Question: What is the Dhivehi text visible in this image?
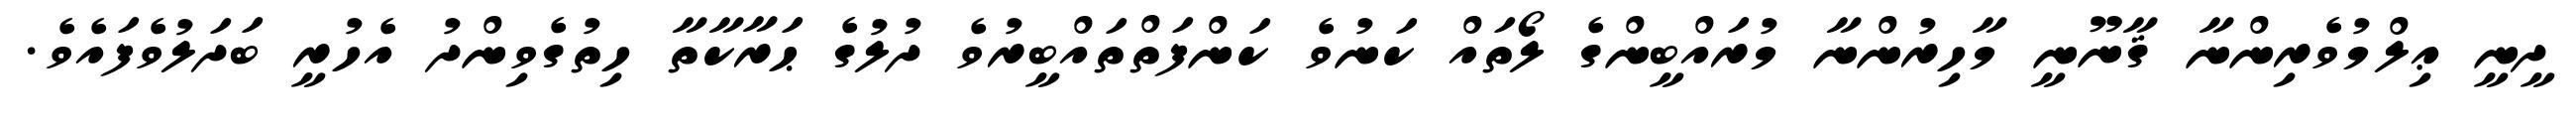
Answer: ދީނީ ޢިލްމުވެރިންނާ ޤާނޫނީ މާހިރުންނާ މުރައްބީންގެ ލޯތައް ކަނުވެ ކަންފަތްތައްބީރުވެ ދުލުގެ ޙަރާކާތާ ހިތުގެވިންދު އެހުރީ ބަދަލުވެފައެވެ.